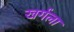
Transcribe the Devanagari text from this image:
खर्गला